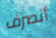
أنصرف